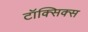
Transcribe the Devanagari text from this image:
टॉक्सिक्स